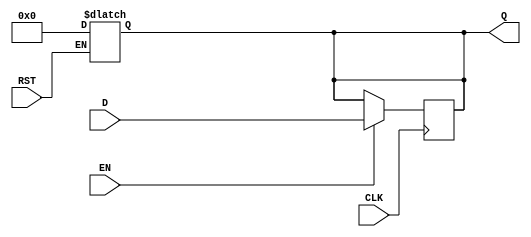
module BarrierRegister #(parameter WIDTH = 8) (
    input  wire [WIDTH-1:0] D,     // Data Input
    input  wire CLK,                // Clock
    input  wire EN,                 // Enable
    input  wire RST,                // Asynchronous Reset
    output reg  [WIDTH-1:0] Q       // Data Output
);

    // Asynchronous reset
    always @(*) begin
        if (RST) begin
            Q <= {WIDTH{1'b0}};       // Reset output to 0
        end
    end

    // Behavior on clock edge
    always @(posedge CLK) begin
        if (EN) begin
            Q <= D;                  // Capture data on clock edge if EN is high
        end
        // If EN is low, Q retains its previous value
    end

endmodule